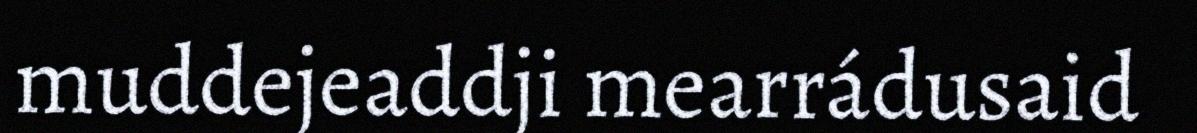
muddejeaddji mearrádusaid